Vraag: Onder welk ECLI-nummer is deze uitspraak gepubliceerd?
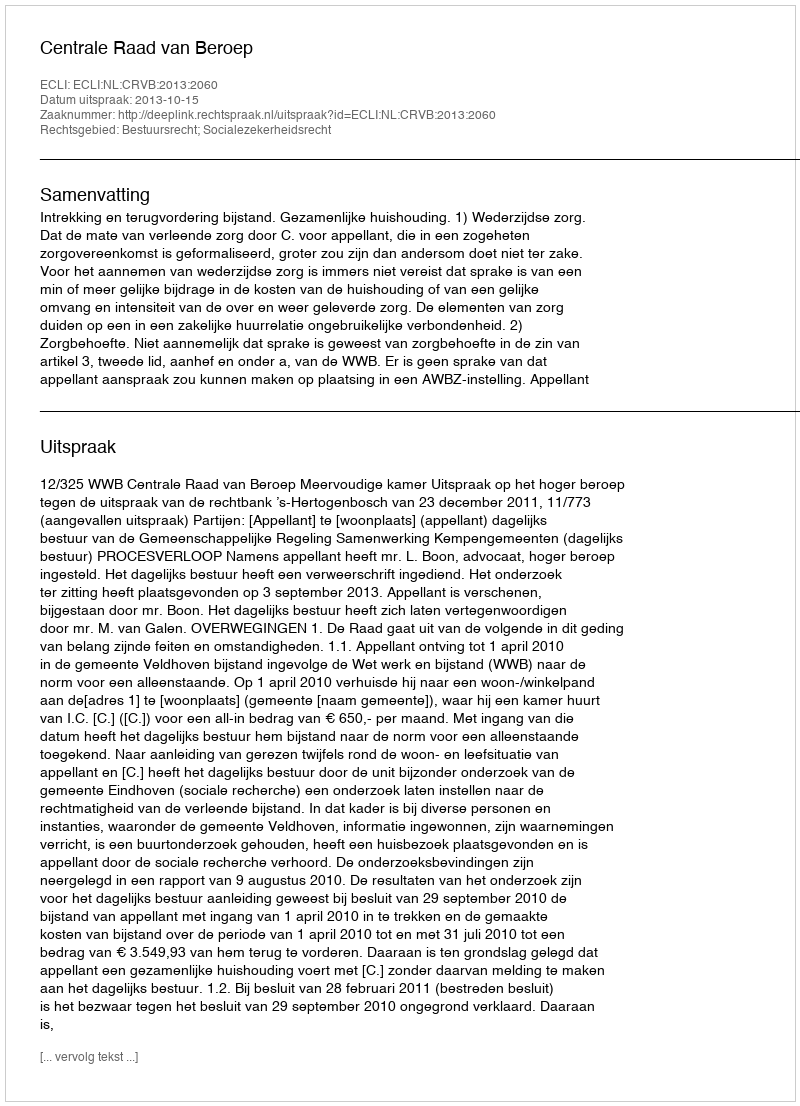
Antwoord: ECLI:NL:CRVB:2013:2060